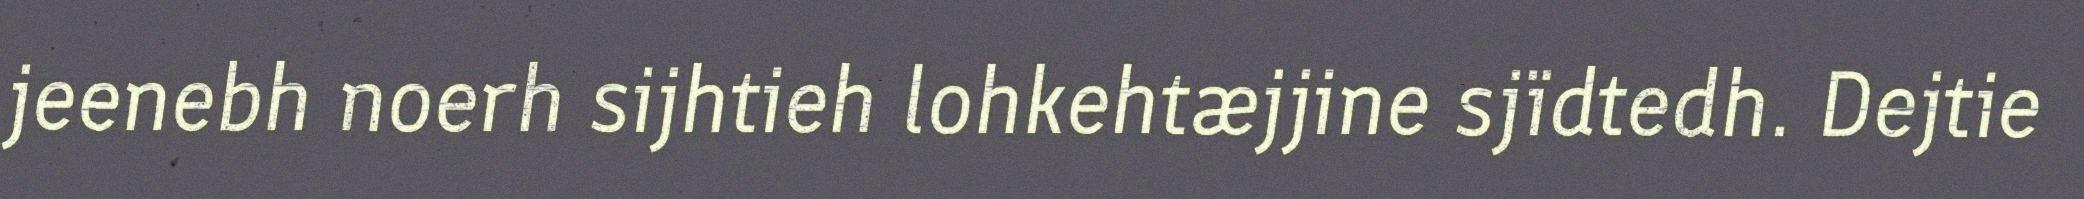
jeenebh noerh sijhtieh lohkehtæjjine sjïdtedh. Dejtie